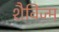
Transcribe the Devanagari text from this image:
शैविज्म